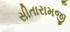
સીતારામજી